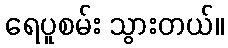
ရေပူစမ်း သွားတယ်။